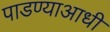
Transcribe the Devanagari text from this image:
पाडण्याआधी